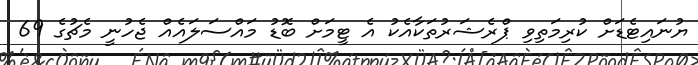
ޔުނައިޓެޑަށް ކުރިމަތިވި ޕްރެޝަރުތަކާއެކު އެ ޓީމަށް ބޮޑު މައްސަލައެއް ޖެހުނީ މެޗުގެ 69